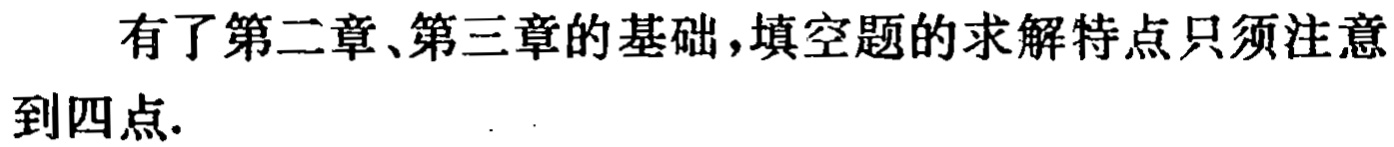
有了第二章、第三章的基础，填空题的求解特点只须注意到四点.